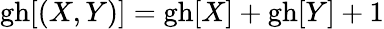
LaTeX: \mathrm{gh}[(X,Y)]=\mathrm{gh}[X]+\mathrm{gh}[Y]+1